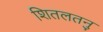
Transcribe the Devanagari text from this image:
शितलतनु